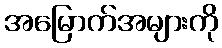
အမြောက်အများကို